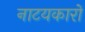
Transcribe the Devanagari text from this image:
नाटयकारों